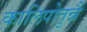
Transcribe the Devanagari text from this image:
कालिपोतुन्नै